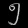
Digit: ၅